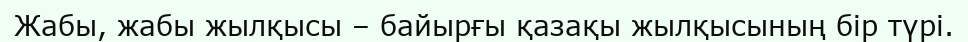
Жабы, жабы жылқысы – байырғы қазақы жылқысының бір түрі.